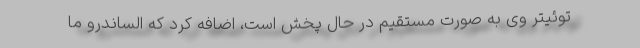
توئیتر وی به صورت مستقیم در حال پخش است، اضافه کرد که الساندرو ما